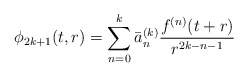
\begin{align*}\phi_{2k+1}(t,r) = \sum_{n=0}^{k} \bar a_{n}^{(k)} \frac{f^{(n)}(t+r)}{r^{2k-n-1}}\end{align*}